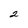
Character: 2